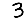
Digit: 3